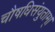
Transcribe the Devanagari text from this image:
चौषधिसंयुताम्।